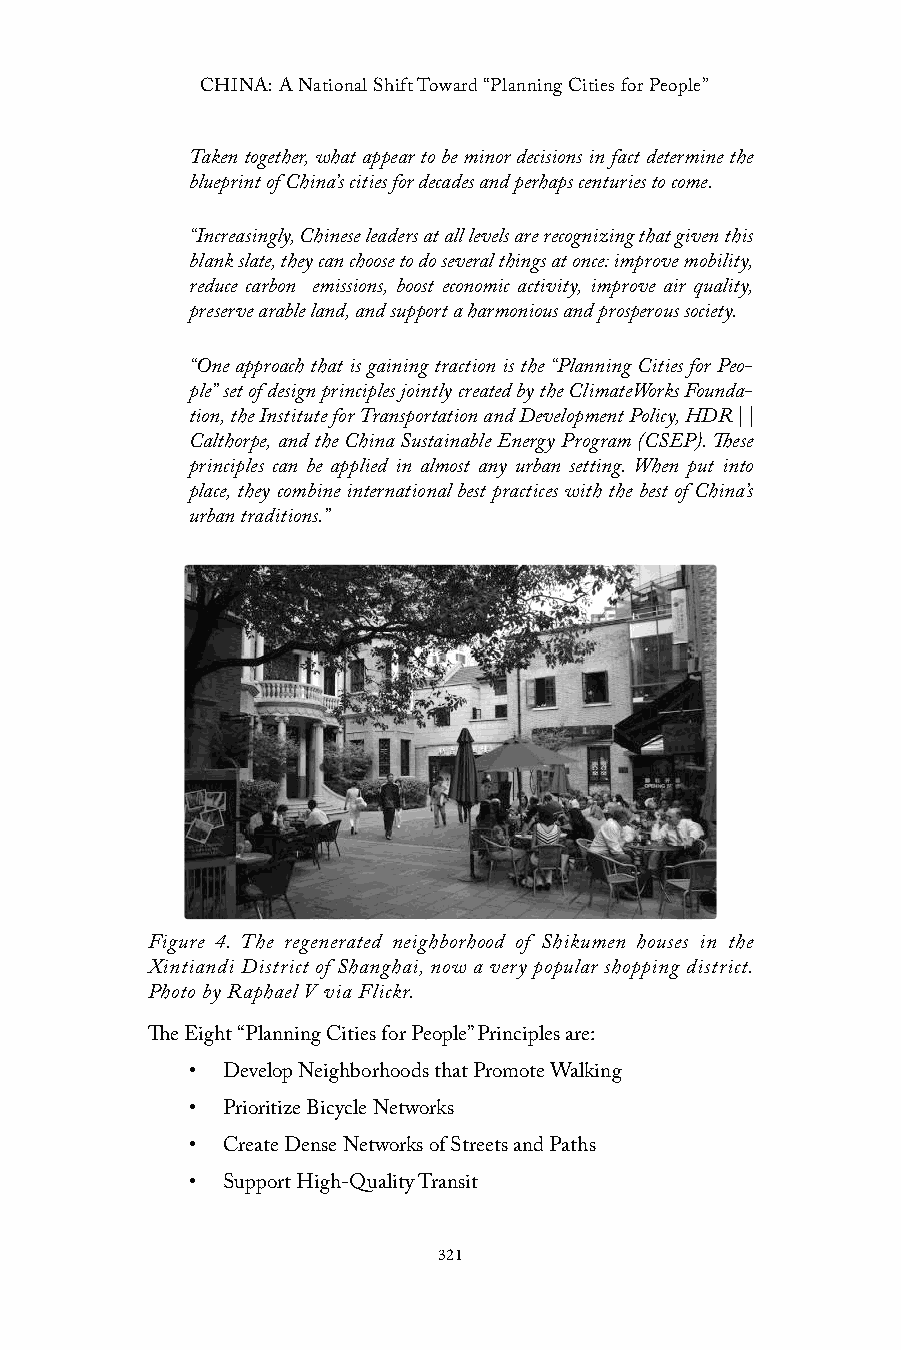
CHINA: A National Shift Toward “Planning Cities for People”
 Taken together, what appear to be minor decisions in fact determine the
 blueprint of China’s cities for decades and perhaps centuries to come.
 “Increasingly, Chinese leaders at all levels are recognizing that given this
 blank slate, they can choose to do several things at once: improve mobility,
 reduce carbon emissions, boost economic activity, improve air quality,
 preserve arable land, and support a harmonious and prosperous society.
 “One approach that is gaining traction is the “Planning Cities for Peo-
 ple” set of design principles jointly created by the ClimateWorks Founda-
 tion, the Institute for Transportation and Development Policy, HDR | |
 Calthorpe, and the China Sustainable Energy Program (CSEP). These
 principles can be applied in almost any urban setting. When put into
 place, they combine international best practices with the best of China’s
 urban traditions.”
 Figure 4. The regenerated neighborhood of Shikumen houses in the
 Xintiandi District of Shanghai, now a very popular shopping district.
 Photo by Raphael V via Flickr.
 The Eight “Planning Cities for People” Principles are:
 • Develop Neighborhoods that Promote Walking
 • Prioritize Bicycle Networks
 • Create Dense Networks of Streets and Paths
 • Support High-Quality Transit
 321